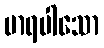
မာရပါသော